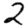
Digit: 2